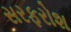
સરફરોશ